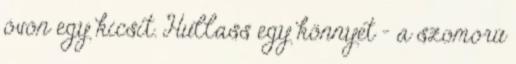
óvón egy kicsit. Hullass egy könnyet – a szomorú